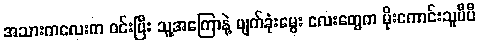
အသားကလေးက ဝင်းပြီး သူ့အကြောနဲ့ မျက်ခုံးမွေး လေးတွေက မိုးကောင်းသူပီပီ